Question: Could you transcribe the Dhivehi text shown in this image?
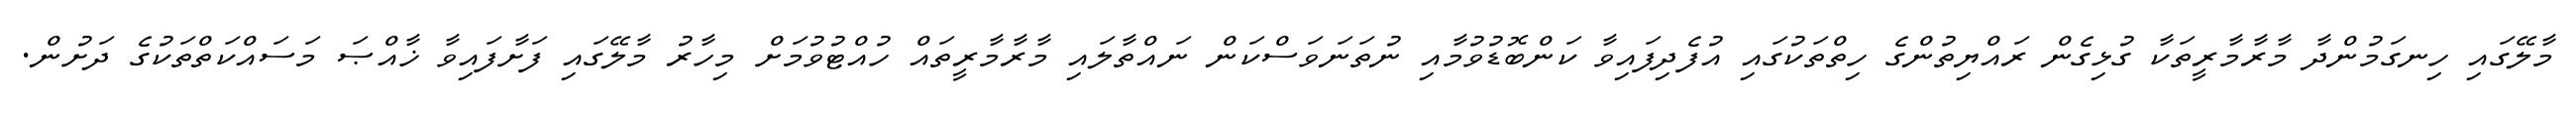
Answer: މާލޭގައި ހިނގަމުންދާ މާރާމާރީތަކާ ގުޅިގެން ރައްޔިތުންގެ ހިތްތަކުގައި އުފެދިފައިވާ ކަންބޮޑުވުމާއި ނުތަނަވަސްކަން ނައްތާލައި މާރާމާރީތައް ހުއްޓުވުމަށް މިހާރު މާލޭގައި ފަށާފައިވާ ޚާއްޞަ މަސައްކަތްތަކުގެ ދަށުން.